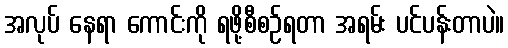
အလုပ် နေရာ ကောင်းကို ရဖို့စီစဉ်ရတာ အရမ်း ပင်ပန်းတာပဲ။